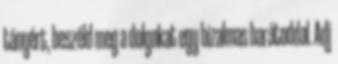
tányért, beszéld meg a dolgokat egy bizalmas barátoddal. Adj